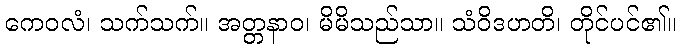
ကေဝလံ၊ သက်သက်။ အတ္တနာဝ၊ မိမိသည်သာ။ သံဝိဒဟတိ၊ တိုင်ပင်၏။